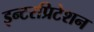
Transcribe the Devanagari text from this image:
इन्टरप्रिटेशन